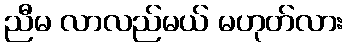
ညီမ လာလည်မယ် မဟုတ်လား